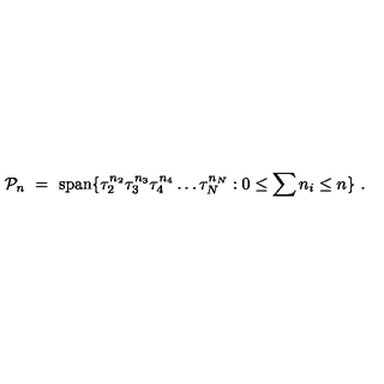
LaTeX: { \cal P } _ { n } \ = \ \mathrm { s p a n } \{ \tau _ { 2 } ^ { n _ { 2 } } \tau _ { 3 } ^ { n _ { 3 } } \tau _ { 4 } ^ { n _ { 4 } } \ldots \tau _ { N } ^ { n _ { N } } : 0 \leq \sum n _ { i } \leq n \} \ .